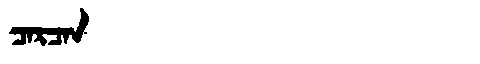
Manchu: ᠴᠠᡵᠴᠠᠨ
Romanization: CARCAN